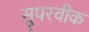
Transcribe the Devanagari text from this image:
सुपरवीक